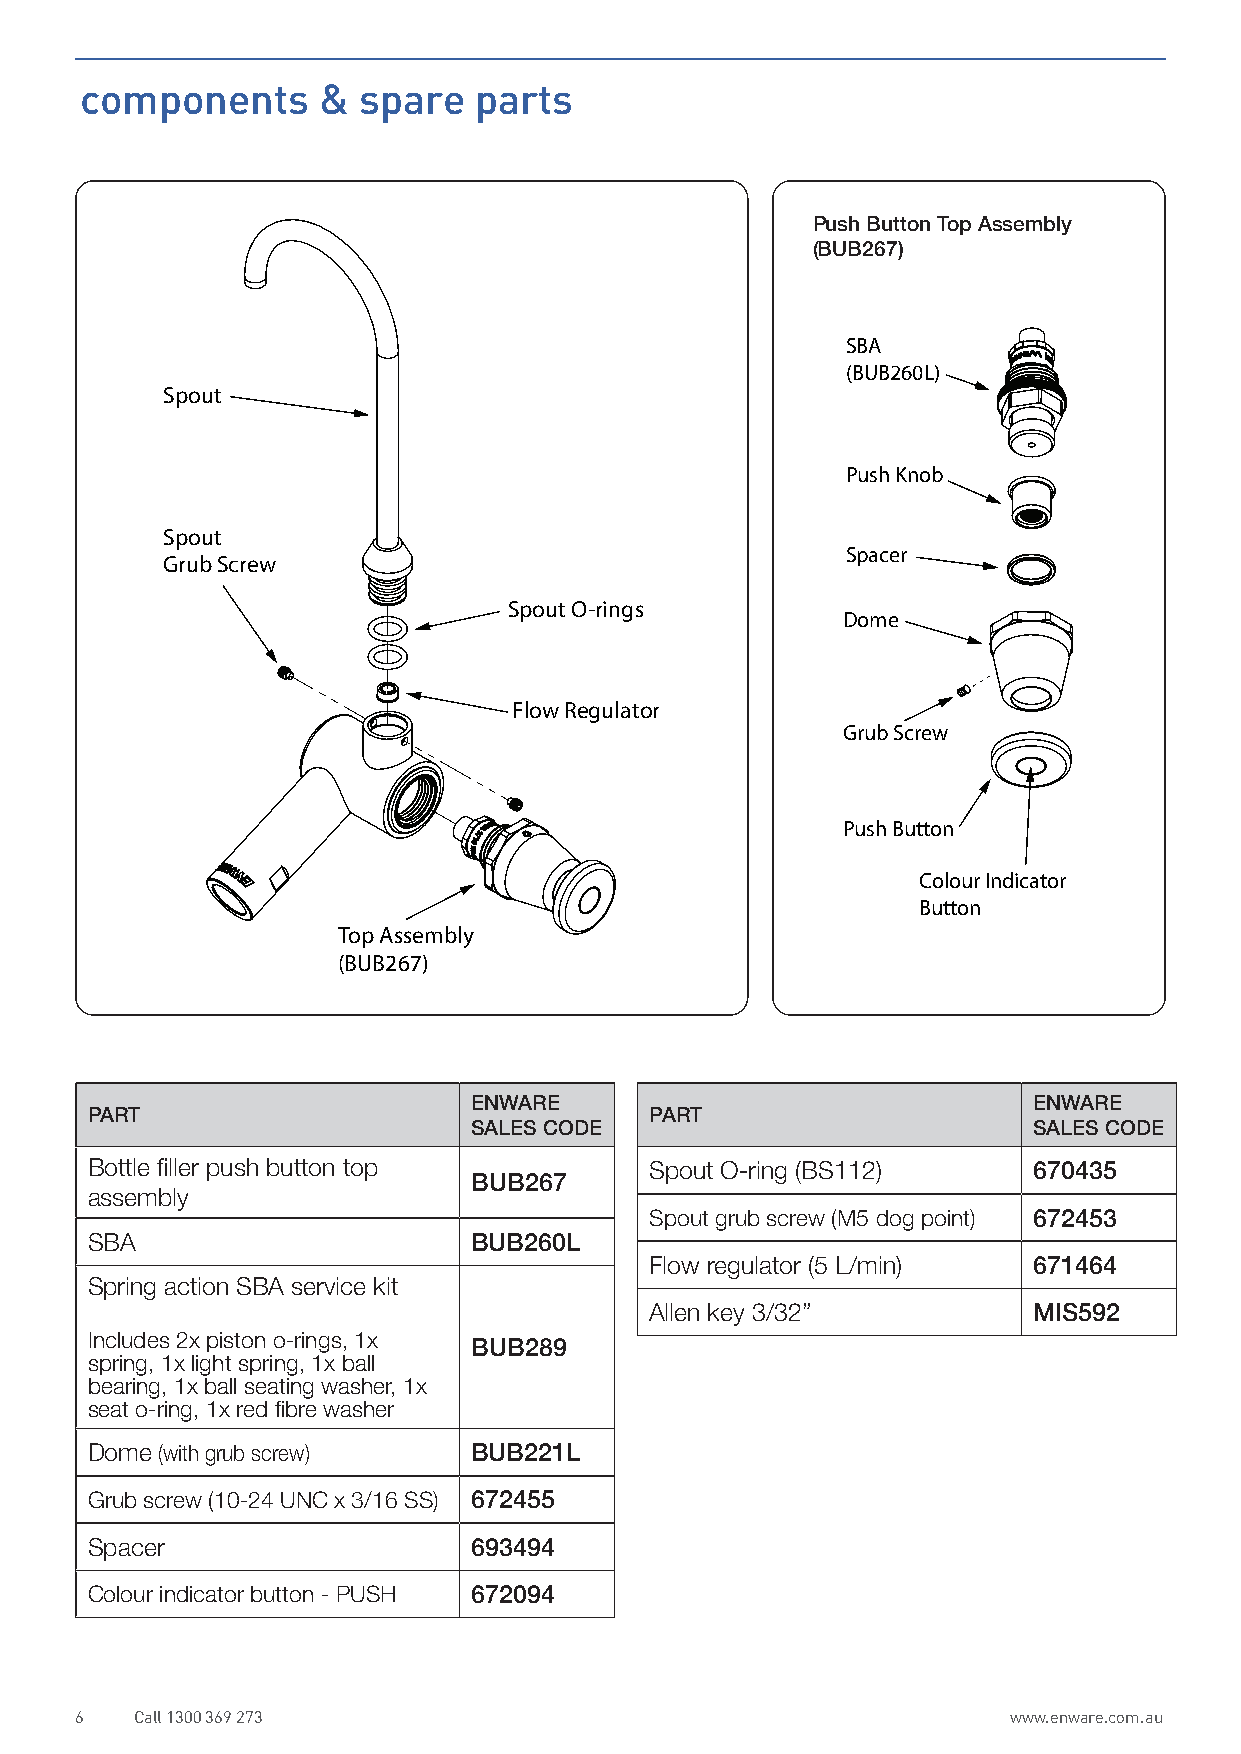
components      &  spare  parts
 Push Button Top Assembly
 (BUB267)
 SBA
 (BUB260L)
 Spout
 Push Knob
 Spout
 Spacer
 Grub Screw
 Spout O-rings
 Dome
 Flow Regulator
 Grub Screw
 Push Button
 Colour Indicator
 Button
 Top Assembly
 (BUB267)
 ENWARE                               ENWARE
 PART                                 PART
 SALES CODE                           SALES CODE
 Bottle filler push button top        Spout O-ring (BS112)     670435
 BUB267
 assembly
 Spout grub screw (M5 dog point) 672453
 SBA                      BUB260L
 Flow regulator (5 L/min) 671464
 Spring action SBA service kit
 Allen key 3/32”          MIS592
 Includes 2x piston o-rings, 1x
 BUB289
 spring, 1x light spring, 1x ball
 bearing, 1x ball seating washer, 1x
 seat o-ring, 1x red fibre washer
 Dome (with grub screw)   BUB221L
 Grub screw (10-24 UNC x 3/16 SS) 672455
 Spacer                   693494
 Colour indicator button - PUSH 672094
 6   Call 1300 369 273                                         www.enware.com.au